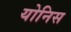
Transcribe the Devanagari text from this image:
योनिस